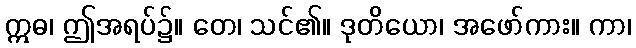
ဣဓ၊ ဤအရပ်၌။ တေ၊ သင်၏။ ဒုတိယော၊ အဖော်ကား။ ကာ၊